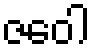
ဇဝေါ